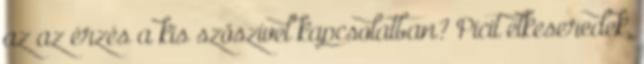
az az érzés a kis szöszivel kapcsolatban? Picit elkeseredek,